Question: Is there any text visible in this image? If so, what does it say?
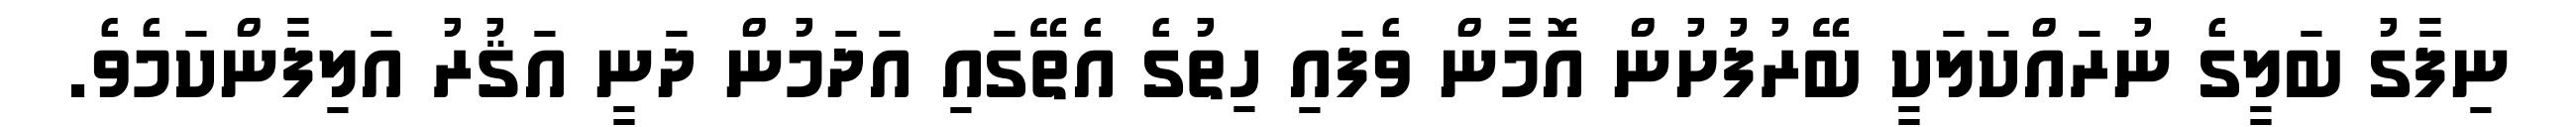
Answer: ނިފާގު ބަލީގެ ނުރައްކަލަކީ ބޭރުފުށުން އޮމާން ވެފައި ހިތުގެ އެތޭގައި އަދަމުން ދަނީ އަޤުރު އަލިފާންކަމެވެ.